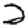
Digit: 2